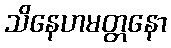
သိနေဟမတ္တနော